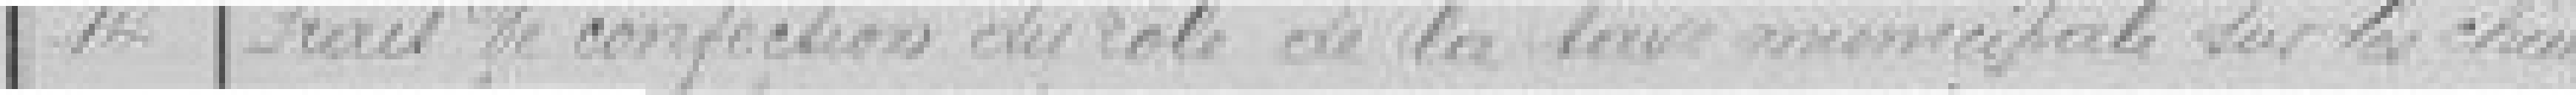
14 Frais de confection du rôle de la taxe municipale sur les chiens